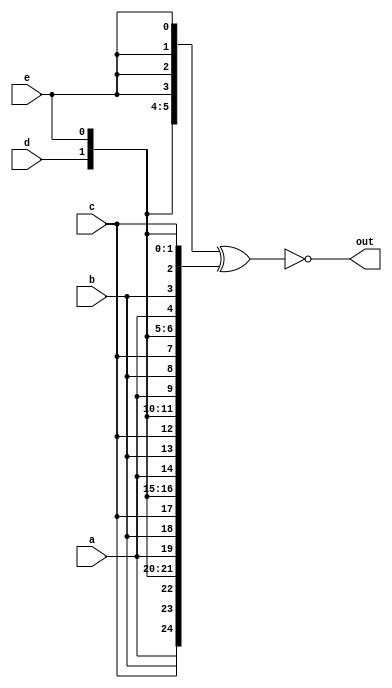
/*Given five 1-bit signals (a, b, c, d, and e), compute all 25 pairwise one-bit comparisons 
in the 25-bit output vector. The output should be 1 if the two bits being compared are equal.

out[24] = ~a ^ a;   // a == a, so out[24] is always 1.
out[23] = ~a ^ b;
out[22] = ~a ^ c;
...
out[ 1] = ~e ^ d;
out[ 0] = ~e ^ e;
Vector5.png

As the diagram shows, this can be done more easily using the replication and concatenation operators.

The top vector is a concatenation of 5 repeats of each input
The bottom vector is 5 repeats of a concatenation of the 5 inputs*/
module top_module (
    input a, b, c, d, e,
    output [24:0] out );//

    // The output is XNOR of two vectors created by 
    // concatenating and replicating the five inputs.
    wire [24:0]out1 = {{5{a}},{5{b}},{5{c}},{5{d}},{5{e}}};
    wire [24:0]out2= ({5{a,b,c,d,e}});
    assign out[24:0]= ~(out1^out2);
endmodule